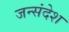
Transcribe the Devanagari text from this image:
जन्संदेश